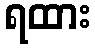
ရထား